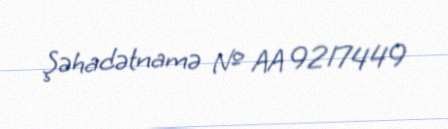
Şəhadətnamə № AA 9217449